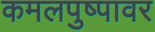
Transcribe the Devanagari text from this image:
कमलपुष्पावर